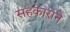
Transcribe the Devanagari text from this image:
सहकाराने